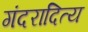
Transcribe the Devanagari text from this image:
गंदरादित्य